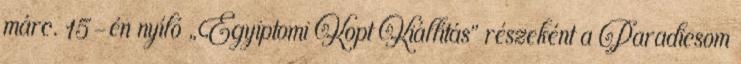
márc. 15-én nyíló „Egyiptomi Kopt Kiállítás” részeként a Paradicsom